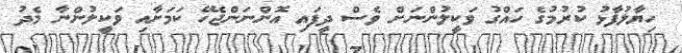
ހިޔާލުފާޅު ކުރުމުގެ ހައްގު ވަކީލުންނަށް ވެސް ދީފައި އޮންނަންޖެހޭ ކަމަށާއި ވަކީލުންނާ މެދު